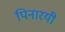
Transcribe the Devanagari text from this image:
पिनारयी